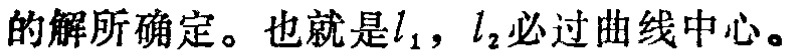
的解所确定。也就是\(l_1\)，\(l_2\)必过曲线中心。